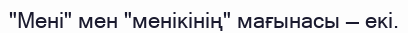
"Мені" мен "менікінің" мағынасы — екі.